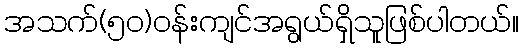
အသက်(၅၀)ဝန်းကျင်အရွယ်ရှိသူဖြစ်ပါတယ်။